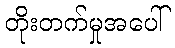
တိုးတက်မှုအပေါ်